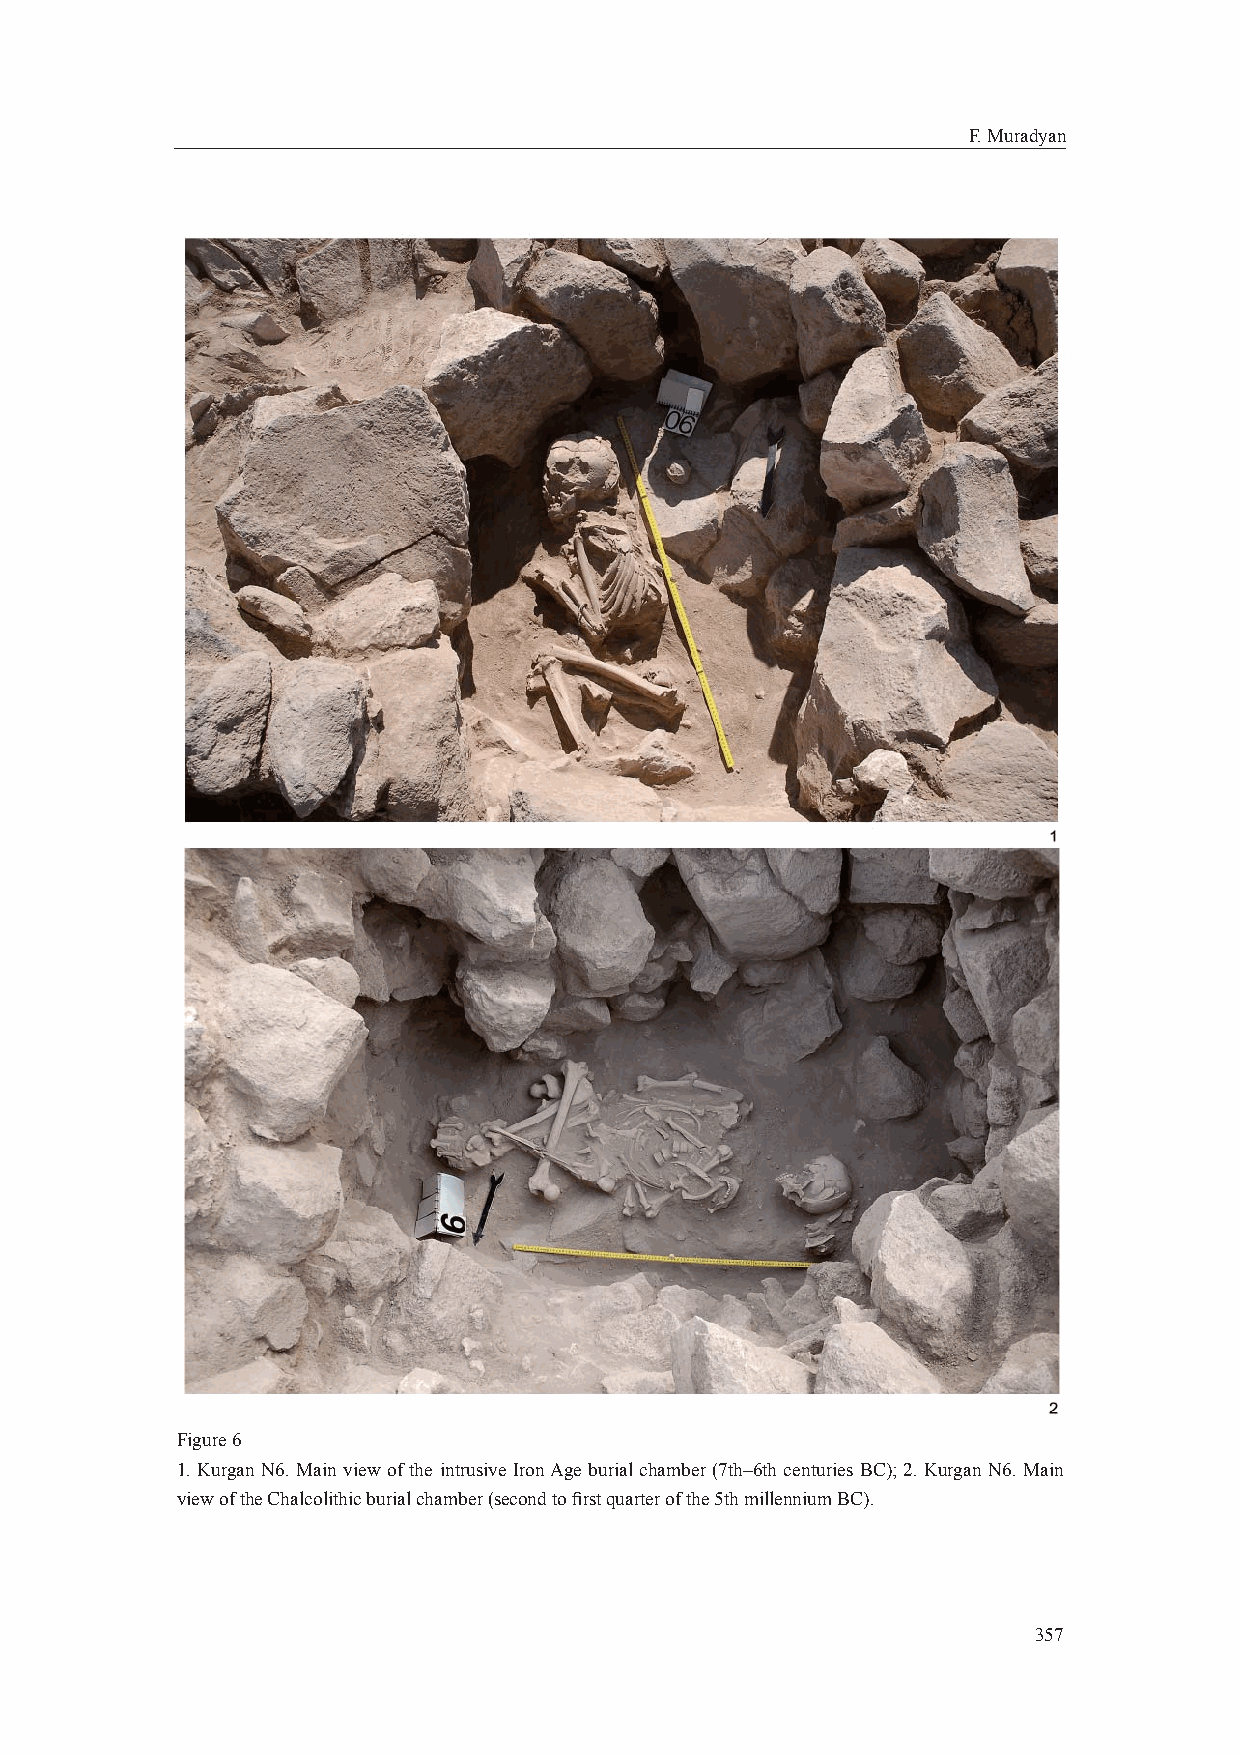
F. Muradyan
 Figure 6
 1. Kurgan N6. Main view of the intrusive Iron Age burial chamber (7th–6th centuries BC); 2. Kurgan N6. Main
 view of the Chalcolithic burial chamber (second to fi rst quarter of the 5th millennium BC).
 357